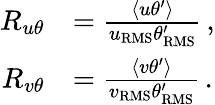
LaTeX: \begin{array}{rl}{R_{u\theta}}&{=\frac{\left<u\theta^{\prime}\right>}{u_{\mathrm{{RMS}}}\theta_{\mathrm{RMS}}^{\prime}}\, ,}\\ {R_{v\theta}}&{=\frac{\left<v\theta^{\prime}\right>}{v_{\mathrm{{RMS}}}\theta_{\mathrm{RMS}}^{\prime}}\, .}\end{array}